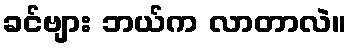
ခင်ဗျား ဘယ်က လာတာလဲ။